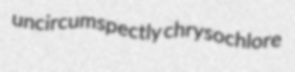
uncircumspectly chrysochlore